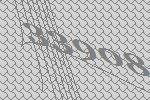
33908